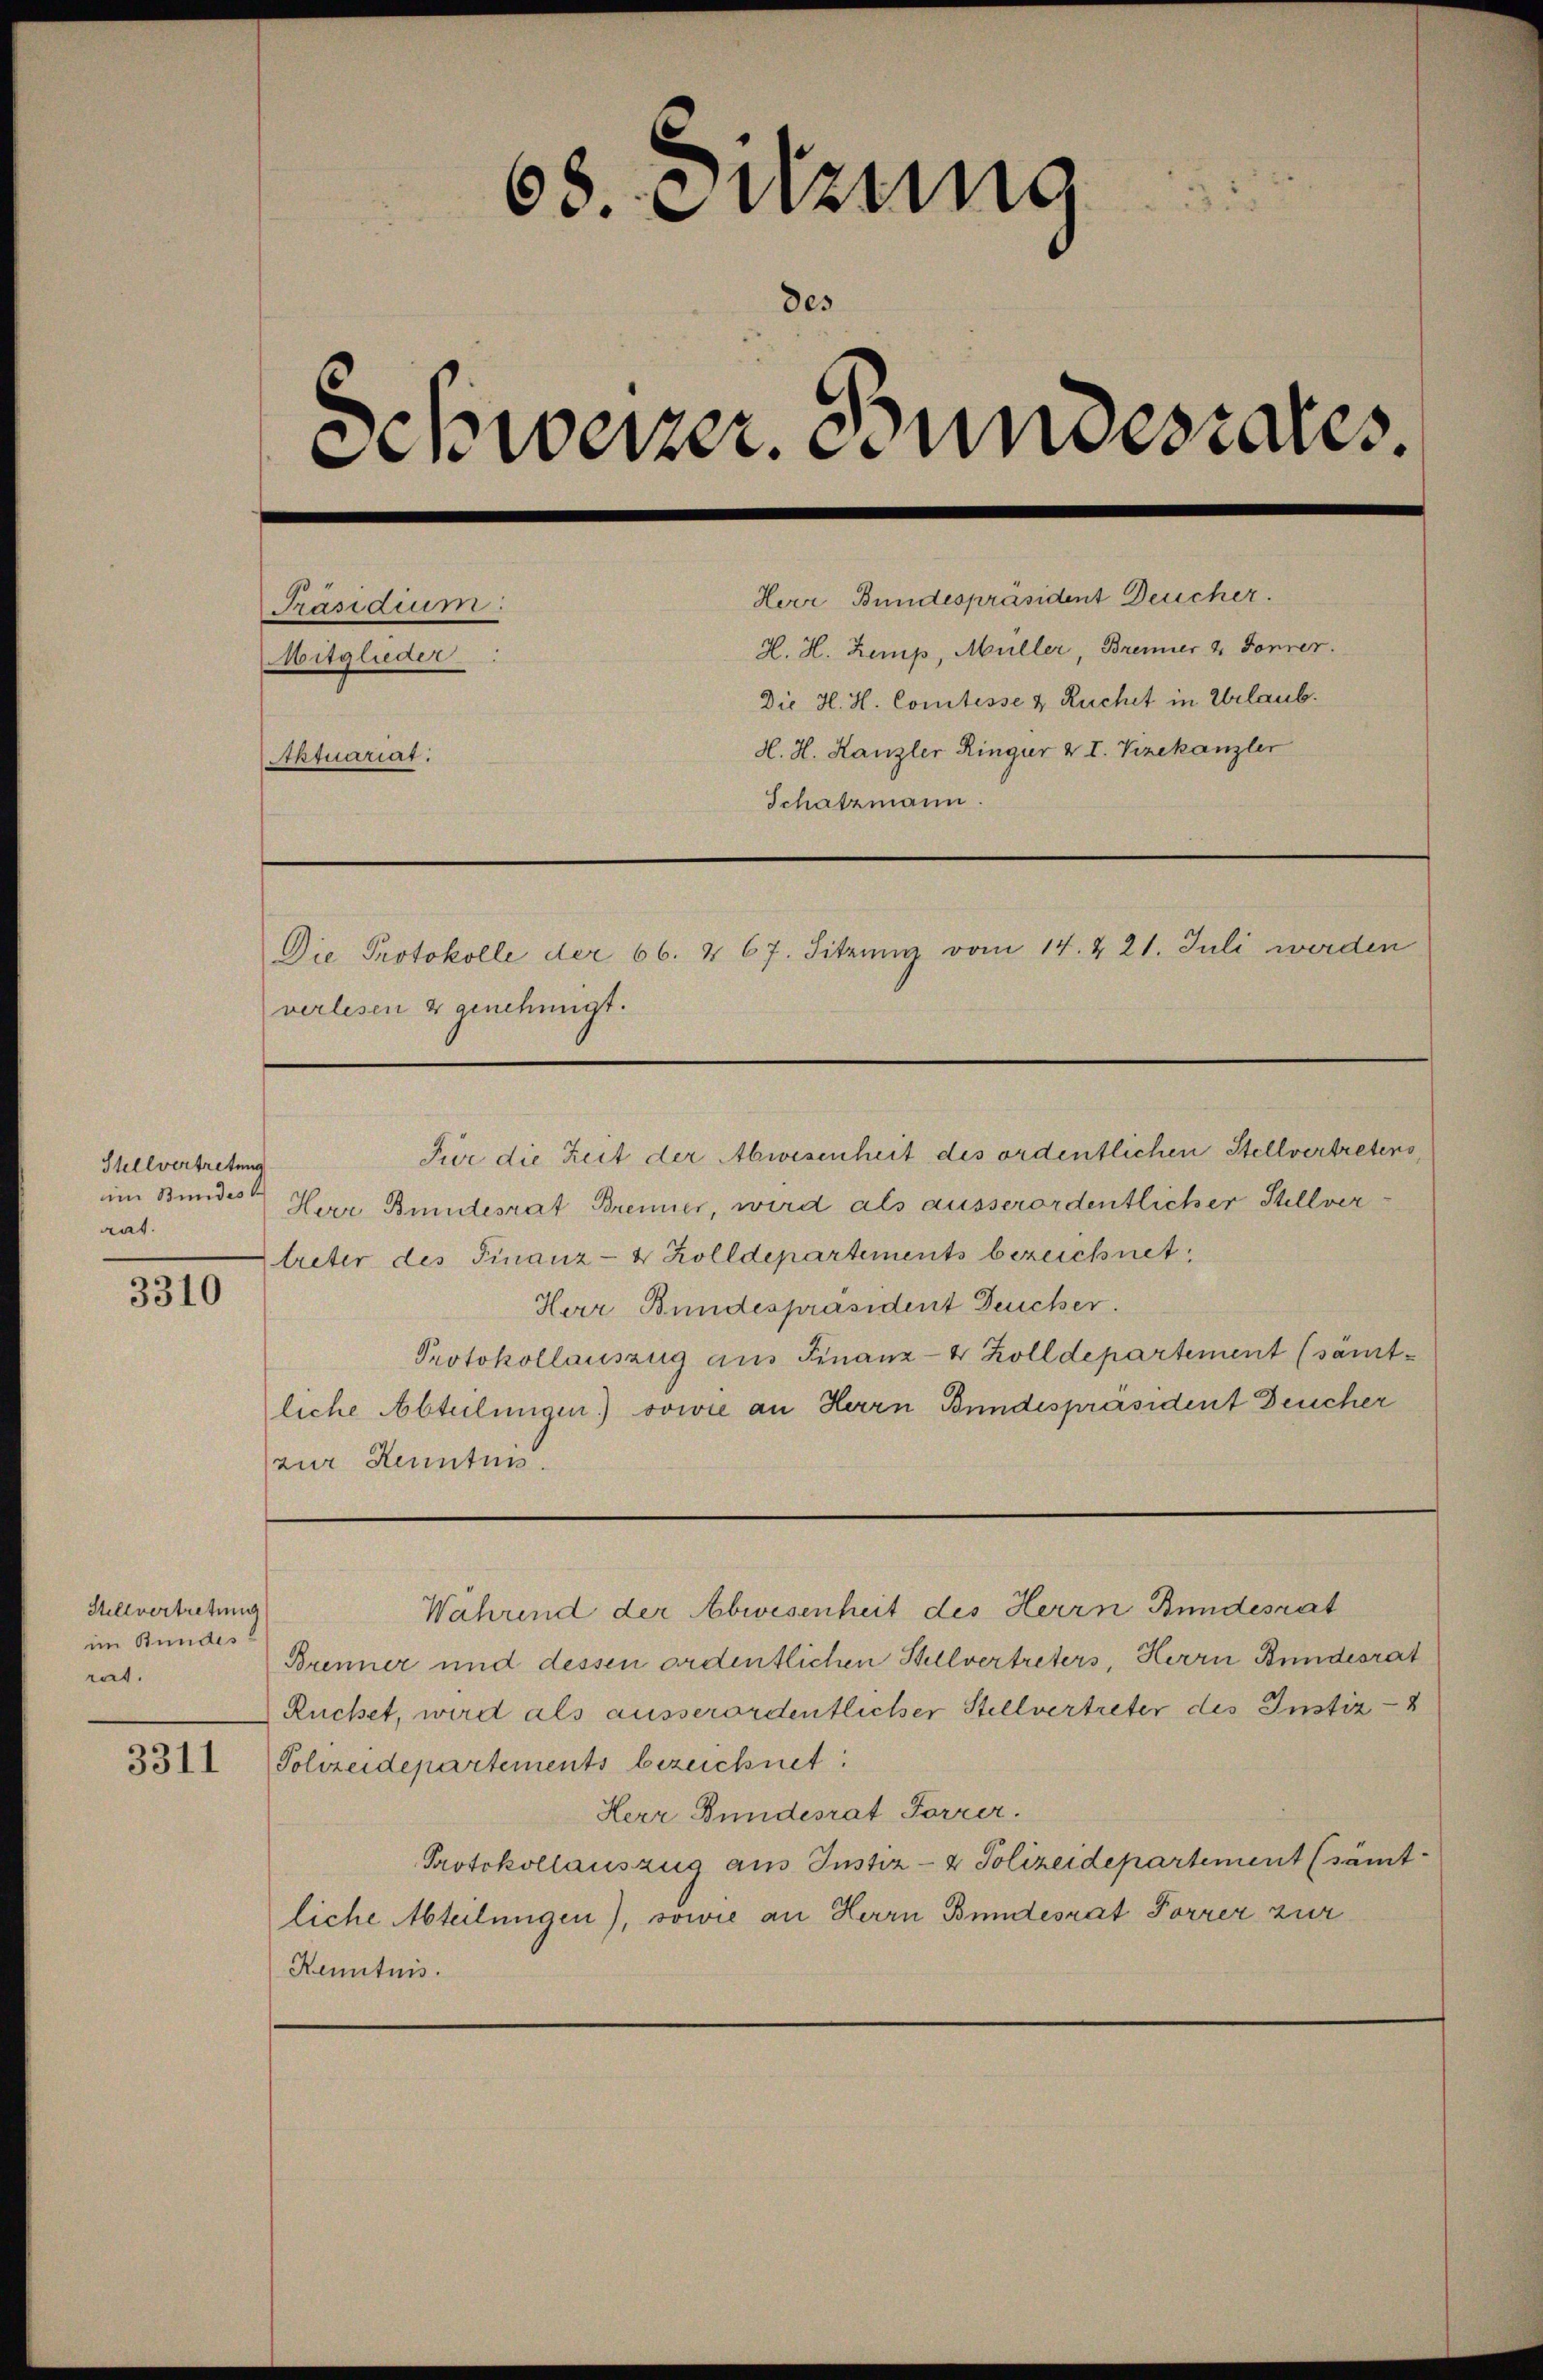
Stellvertretung
im Bundes
gat.

3310

Stellvertretung
im Bundes!
rat.

3311

2
68. Sitzung
.
Schweizer. Bundesrates.
Herr Bundespräsident Deucher.
Präsidium
H. H. Zemp, Müller, Brenner & Fenner.
Mitglieder
Die H. H. Comtesse & Ruchet in Urlaub.
H. H. Kanzler Ringer & I. Vizekanzler
Aktuariat.
Schatzmann.
Die Protokolle der 66. & 67. Sitzung vom 14. & 21. Juli werden
verlesen & genehmigt.

Pior die Zeit der Abwesenheit des ordentlichen Stellvertretens,
Herr Bundesrat Brenner, wird als ausserordentlicher Stellver
treter des Finanz- & Zolldepartements bezeichnet,
Herr Bundespräsident Deucher.
Protokollauszug aus Finanz-4 Zolldepartement (sämtliche Abteilungen) sowie an Herrn Bundespräsident Deucher
zur Kenntnis.

Wahrend der Abwesenheit des Herrn Bundesrat

Brenner und dessen ordentlichen Stellvertreters, Herrn Bundesrat
Ruchet, wird als ausserordentlicher Stellvertreter des Instiz-
Polizeidepartements bezeichnet:
Herr Bundesrat Forrer.
Protokollauszug aus Justiz- & Polizeidepartement (sämt
liche Abteilungen), sowie an Herrn Bundesrat Forrer zur
Kenntnis.